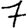
Digit: 7